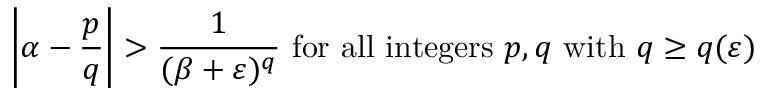
\left| \alpha - { \frac { p } { q } } \right| > { \frac { 1 } { ( \beta + \varepsilon ) ^ { q } } } { \mathrm { ~ f o r ~ a l l ~ i n t e g e r s ~ } } p , q { \mathrm { ~ w i t h ~ } } q \geq q ( \varepsilon )